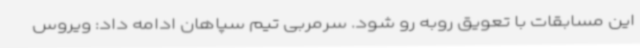
این مسابقات با تعویق روبه رو شود. سرمربی تیم سپاهان ادامه داد: ویروس